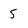
Character: 5